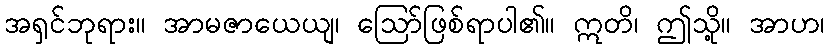
အရှင်ဘုရား။ အာမဇာယေယျ၊ ဩော်ဖြစ်ရာပါ၏။ ဣတိ၊ ဤသို့။ အာဟ၊